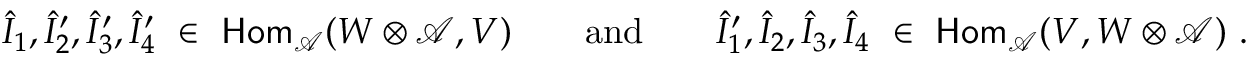
\begin{array} { r } { \hat { I } _ { 1 } , \hat { I } _ { 2 } ^ { \prime } , \hat { I } _ { 3 } ^ { \prime } , \hat { I } _ { 4 } ^ { \prime } \ \in \ \mathsf { H o m } _ { \mathcal { A } } ( W \otimes \mathcal { A } , V ) \qquad \mathrm { a n d } \qquad \hat { I } _ { 1 } ^ { \prime } , \hat { I } _ { 2 } , \hat { I } _ { 3 } , \hat { I } _ { 4 } \ \in \ \mathsf { H o m } _ { \mathcal { A } } ( V , W \otimes \mathcal { A } ) \ . } \end{array}